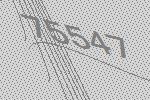
75547